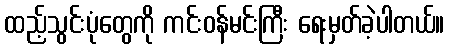
ထည့်သွင်းပုံတွေကို ကင်းဝန်မင်းကြီး ရေးမှတ်ခဲ့ပါတယ်။